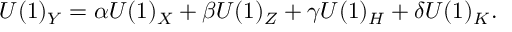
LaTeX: U ( 1 ) _ { Y } = \alpha U ( 1 ) _ { X } + \beta U ( 1 ) _ { Z } + \gamma U ( 1 ) _ { H } + \delta U ( 1 ) _ { K } .